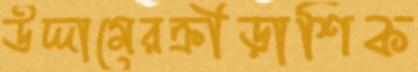
উদ্দামেরক্রীড়াশিক